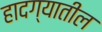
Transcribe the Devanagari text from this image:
हादग्यातील